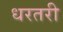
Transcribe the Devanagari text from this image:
धरतरी